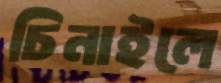
চিনাইলে